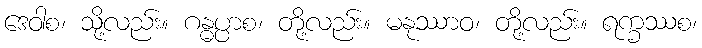
ဒေဝါစ၊ သို့လည်း။ ဂန္ဓပ္ပာစ၊ တို့လည်း။ မနုဿာဝ၊ တို့လည်း။ ရက္ခဿစ၊